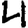
Digit: 4